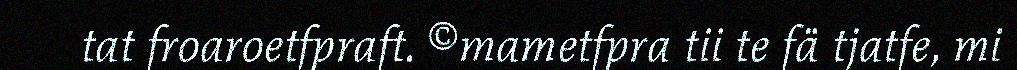
tat froaroetfpraft. ©mametfpra tii te fä tjatfe, mi